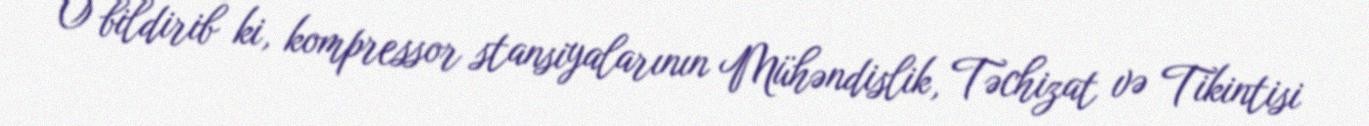
O bildirib ki, kompressor stansiyalarının Mühəndislik, Təchizat və Tikintisi